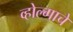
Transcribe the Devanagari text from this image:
व्होल्गाचे